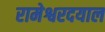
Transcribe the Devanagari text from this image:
रामेश्वरदयाल